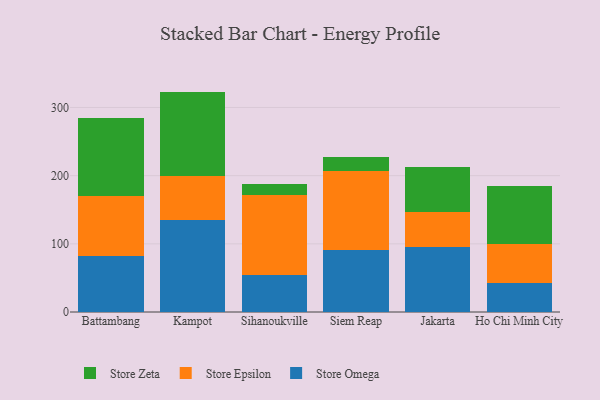
{"axis": {"x": "City", "y": "Customer Acquisition Cost (USD)"}, "legend": ["Store Epsilon", "Store Omega", "Store Zeta"], "data": [{"x": "Battambang", "y": 82.7, "type": "Store Omega"}, {"x": "Battambang", "y": 87.3, "type": "Store Epsilon"}, {"x": "Battambang", "y": 113.9, "type": "Store Zeta"}, {"x": "Kampot", "y": 134.9, "type": "Store Omega"}, {"x": "Kampot", "y": 64.4, "type": "Store Epsilon"}, {"x": "Kampot", "y": 124.0, "type": "Store Zeta"}, {"x": "Sihanoukville", "y": 54.4, "type": "Store Omega"}, {"x": "Sihanoukville", "y": 117.2, "type": "Store Epsilon"}, {"x": "Sihanoukville", "y": 16.5, "type": "Store Zeta"}, {"x": "Siem Reap", "y": 91.6, "type": "Store Omega"}, {"x": "Siem Reap", "y": 115.3, "type": "Store Epsilon"}, {"x": "Siem Reap", "y": 20.5, "type": "Store Zeta"}, {"x": "Jakarta", "y": 95.5, "type": "Store Omega"}, {"x": "Jakarta", "y": 51.5, "type": "Store Epsilon"}, {"x": "Jakarta", "y": 66.1, "type": "Store Zeta"}, {"x": "Ho Chi Minh City", "y": 42.0, "type": "Store Omega"}, {"x": "Ho Chi Minh City", "y": 57.5, "type": "Store Epsilon"}, {"x": "Ho Chi Minh City", "y": 85.2, "type": "Store Zeta"}]}